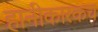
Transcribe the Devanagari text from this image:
हानीकारकच